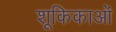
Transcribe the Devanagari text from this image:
शूकिकाओं